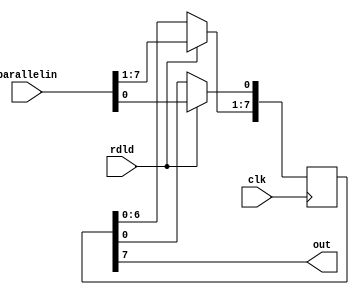
module spiwrshft(
  output out,
  input [7:0] parallelin,
  input rdld,
  input clk);
  reg [7:0] dinregister = 8'h00;
  assign out = dinregister[7];
  always @(negedge clk) begin
    if(rdld)
      dinregister <= parallelin;
    else begin
      dinregister[7:1] <= dinregister[6:0];
    end
  end
endmodule